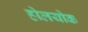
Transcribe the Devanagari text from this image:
होलयोक